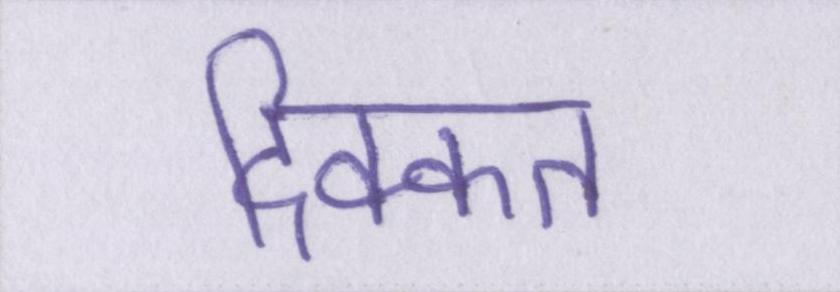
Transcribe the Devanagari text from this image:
दिक्कत